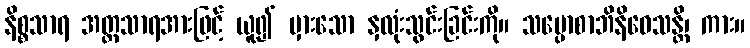
နိစ္စသာရ အတ္တသာရအားဖြင့် ယူ၍ မှားသော နှလုံးသွင်းခြင်းကို။ သမ္ပောစာဘိနိဝေသန္တိ၊ ကား။